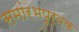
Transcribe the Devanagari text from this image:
समांरभपूर्वक